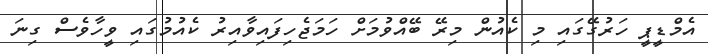
އެމްޑީޕީ ހަރުގޭގައި މި ކެއުން މިރޭ ބޭއްވުމަށް ހަމަޖެހިފައިވާއިރު ކެއުމުގައި ވީހާވެސް ގިނަ